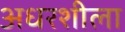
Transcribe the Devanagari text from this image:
अधरशीला